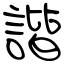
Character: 諧